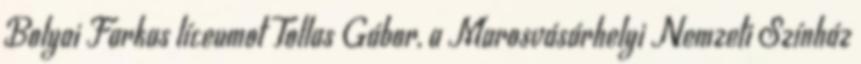
Bolyai Farkas líceumot Tollas Gábor, a Marosvásárhelyi Nemzeti Színház